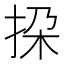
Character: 挅